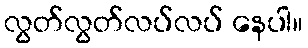
လွတ်လွတ်လပ်လပ် နေပါ။